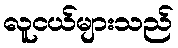
လူငယ်များသည်